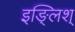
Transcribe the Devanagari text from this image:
इङ्लिश्